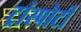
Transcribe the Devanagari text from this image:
ट्रांस्पोर्टी